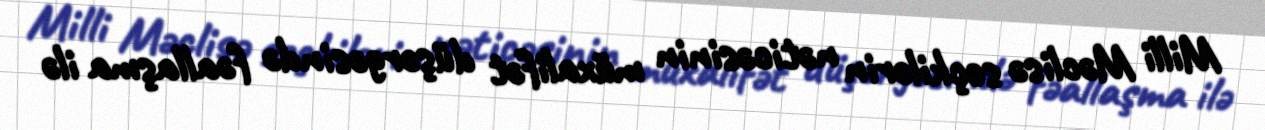
Milli Məclisə seçkilərin nəticəsinin müxalifət düşərgəsində fəallaşma ilə